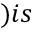
) i s